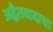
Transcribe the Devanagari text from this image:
अद्वैतवादाचा